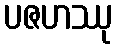
ပဇဟဿု